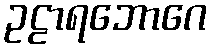
ဥဠာရဘောဂေ